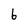
Character: b